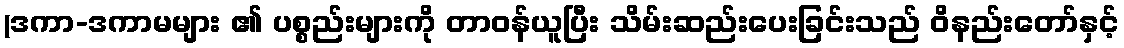
(ဒကာ-ဒကာမများ ၏ ပစ္စည်းများကို တာဝန်ယူပြီး သိမ်းဆည်းပေးခြင်းသည် ဝိနည်းတော်နှင့်